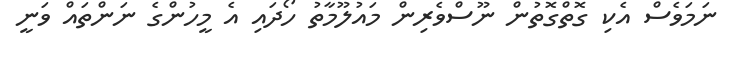
ނަމަވެސް އެކި ގޮތްގޮތުން ނޫސްވެރިން މައުލޫމާތު ހޯދައި އެ މީހުންގެ ނަންތައް ވަނީ